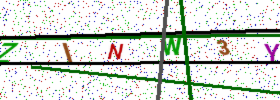
Text: ZINW3Y